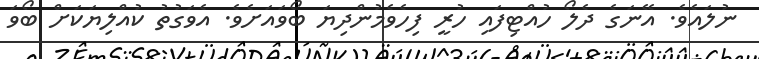
ނުލައެވެ. އޭނަގެ ދެލޯ ހުއްޓިފައި ހުރީ ފިހެވެމުންދިޔަ ބޯވައަށެވެ. އެވަގުތު ކުއްލިޔަކަށް ބޯވަ